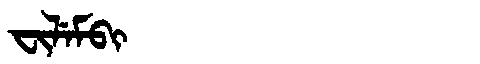
Manchu: ᠸᡳᠯᡝᠮᠪᡳ
Romanization: FILEMBI